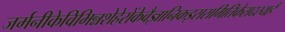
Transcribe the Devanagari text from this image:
जर्मनीकेविभिन्नशेहेरोंकेवैज्ञानिकइससमितिकेसदस्यहैं